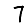
Digit: 7